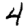
Digit: 4